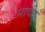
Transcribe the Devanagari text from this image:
भावद